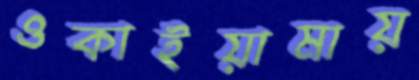
ওকাইয়ামায়